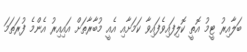
ބަލާއިރު ޓީމު އޮތީ ކޮލިފައިވެފައިވާ ކަމަށާއި އެއީ މުބާރާތަށް އައިއިރު އެންމެ ފުރަތަމަ